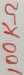
Text: 100KΩ